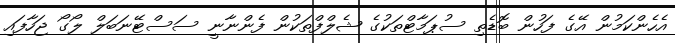
އެހެންކަމުން އޭގެ ފަހުން ބޮޑެތި ސުޕަމާޓްތަކުގެ ޝެލްފްތަކުން ފެންނާނީ ސަސްޓޭނަބަލް ލޯގޯ ޖަހާފައި